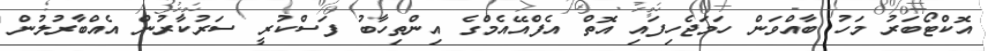
އޮކްޓޯބަރު މަހު ބާއްވަން ހަމަޖެހިފައި އޮތް އެފްއޭއެމްގެ އިންތިހާބު ފަސްކުރީ ސަރުކާރުން އެއްބާރުލުން